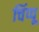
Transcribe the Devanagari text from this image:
चिंप्पू